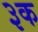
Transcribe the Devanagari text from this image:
३क